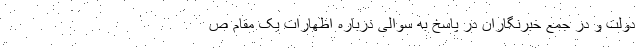
دولت و در جمع خبرنگاران در پاسخ به سوالی درباره اظهارات یک مقام ص